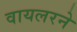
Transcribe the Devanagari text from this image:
वायलरने